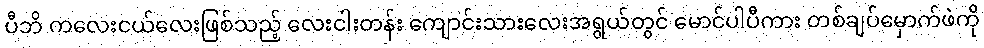
ပီဘိ ကလေးငယ်လေးဖြစ်သည့် လေးငါးတန်း ကျောင်းသားလေးအရွယ်တွင် မောင်ပါပီကား တစ်ချပ်မှောက်ဖဲကို